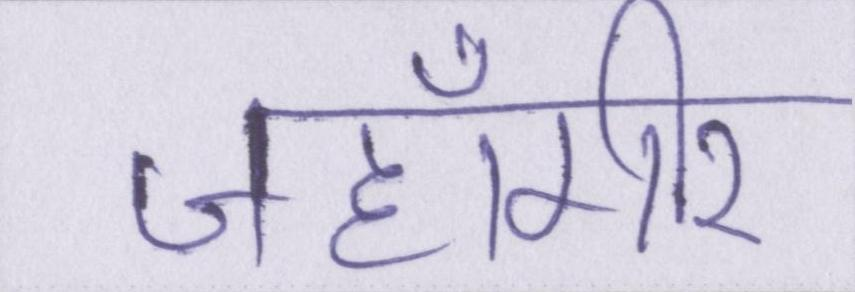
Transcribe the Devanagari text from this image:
जहाँगीर